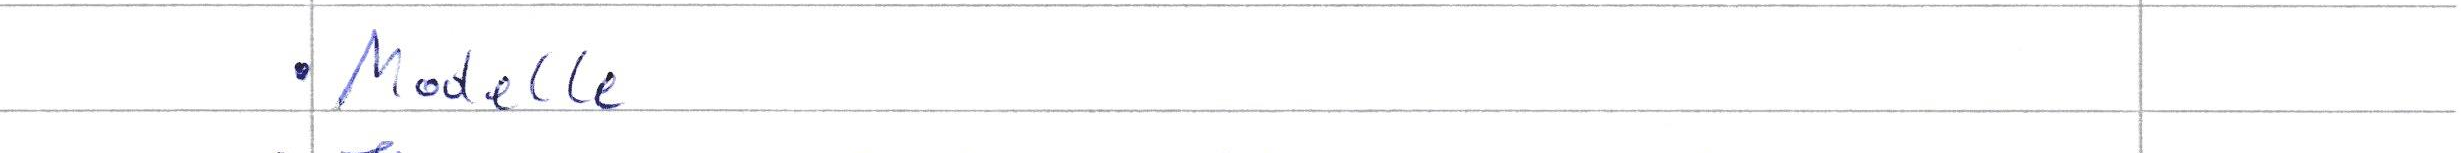
Modelle